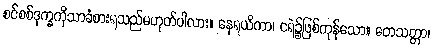
စင်စစ်ဒုက္ခကိုသာခံစားရသည်မဟုတ်ပါလား။ နေရယိကာ၊ ငရဲ၌ဖြစ်ကုန်သော။ တေသတ္တာ၊